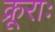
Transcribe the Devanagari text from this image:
क्रूराः